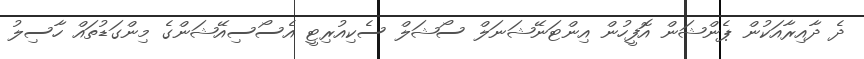
ދެ ދާއިރާއަކުން ޕެންޝަން އޮފީހުން އިންޓަނޭޝަނަލް ސޯޝަލް ސެކިއުރިޓީ އެސޯސިއޭޝަންގެ މިންގަޑުތައް ހާސިލު